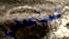
تساعدني